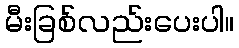
မီးခြစ်လည်းပေးပါ။